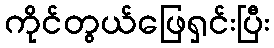
ကိုင်တွယ်ဖြေရှင်းပြီး